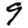
Digit: 9